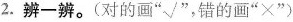
2.辨一辨。(对的画”√”，错的画”×”)